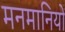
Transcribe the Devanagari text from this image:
मनमानियों